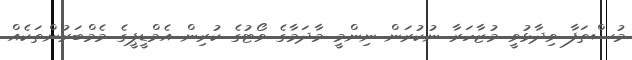
މުސްތަފާ ވިދާޅުވީ މުޒާހަރާ ނުކުރަން ނިންމީ މާދަމާގެ ވޯޓުގެ ކުރިން އެމްޑީޕީގެ މެމްބަރުންތަކެއް